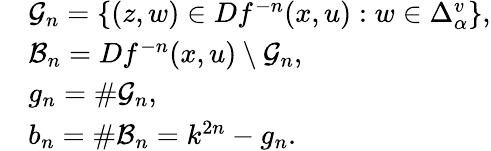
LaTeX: \begin{array}{rl}&{\mathcal{G}_{n}=\{ (z,w)\in Df^{-n}(x,u):w\in\Delta_{\alpha}^{v}\} ,}\\ &{\mathcal{B}_{n}=Df^{-n}(x,u)\setminus\mathcal{G}_{n},}\\ &{g_{n}=\# \mathcal{G}_{n},}\\ &{b_{n}=\# \mathcal{B}_{n}=k^{2n}-g_{n}.}\end{array}